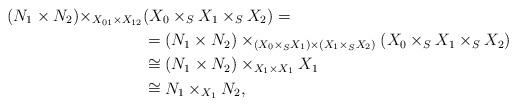
LaTeX: \begin{align*}(N_1 \times N_2)\times_{X_{01} \times X_{12}} &(X_{0}\times_{S} X_{1} \times_{S} X_{2})= \\& = (N_1 \times N_2)\times_{(X_0 \times_{S} X_1) \times(X_1 \times_{S} X_2)} (X_{0}\times_{S} X_{1} \times_{S} X_{2}) \\ & \cong (N_1 \times N_2) \times_{X_1 \times X_1} X_{1} \\ & \cong N_1\times_{X_1} N_2,\end{align*}